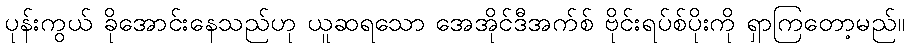
ပုန်းကွယ် ခိုအောင်းနေသည်ဟု ယူဆရသော အေအိုင်ဒီအက်စ် ဗိုင်းရပ်စ်ပိုးကို ရှာကြတော့မည်။